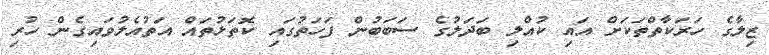
ޒިލާގެ ހަރަކާތްތަކަށް އައި ކުއްލި ބަދަލުގެ ސަބަބުން ފަހަތުގައި ކޮތަޅުތައް އަތުއެލުވައިގެން ހުރި